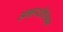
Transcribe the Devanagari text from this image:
अन्तरवैश्विक